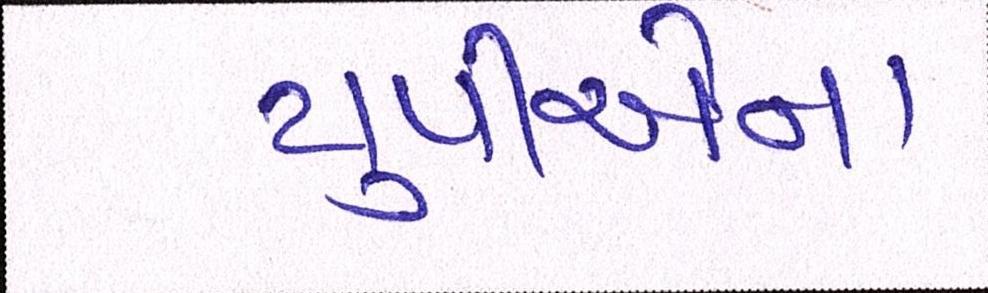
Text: યુપીએના